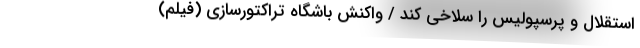
استقلال و پرسپولیس را سلاخی کند / واکنش باشگاه تراکتورسازی (فیلم)